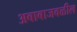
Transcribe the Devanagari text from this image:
अबाबाजवळील